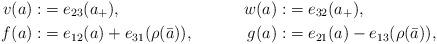
LaTeX: \begin{align*}v(a):&=e_{23}(a_+),& w(a):&=e_{32}(a_+), \\f(a):&=e_{12}(a)+e_{31}(\rho(\bar{a})),&g(a):&=e_{21}(a)-e_{13}(\rho(\bar{a})),\end{align*}